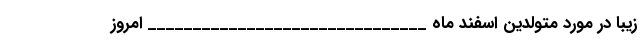
زیبا در مورد متولدین اسفند ماه _______________________________ امروز